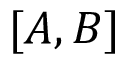
[ A , B ]